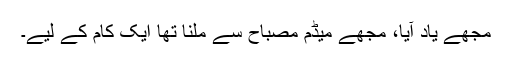
مجھے یاد آیا، مجھے میڈم مصباح سے ملنا تھا ایک کام کے لیے۔